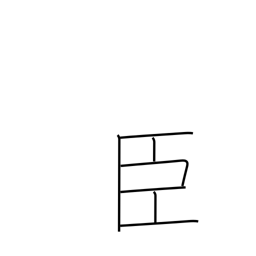
Meaning: retainer